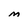
Character: M